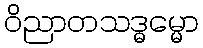
ဝိညာတသဒ္ဓမ္မော